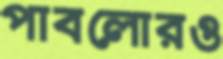
পাবলোরও